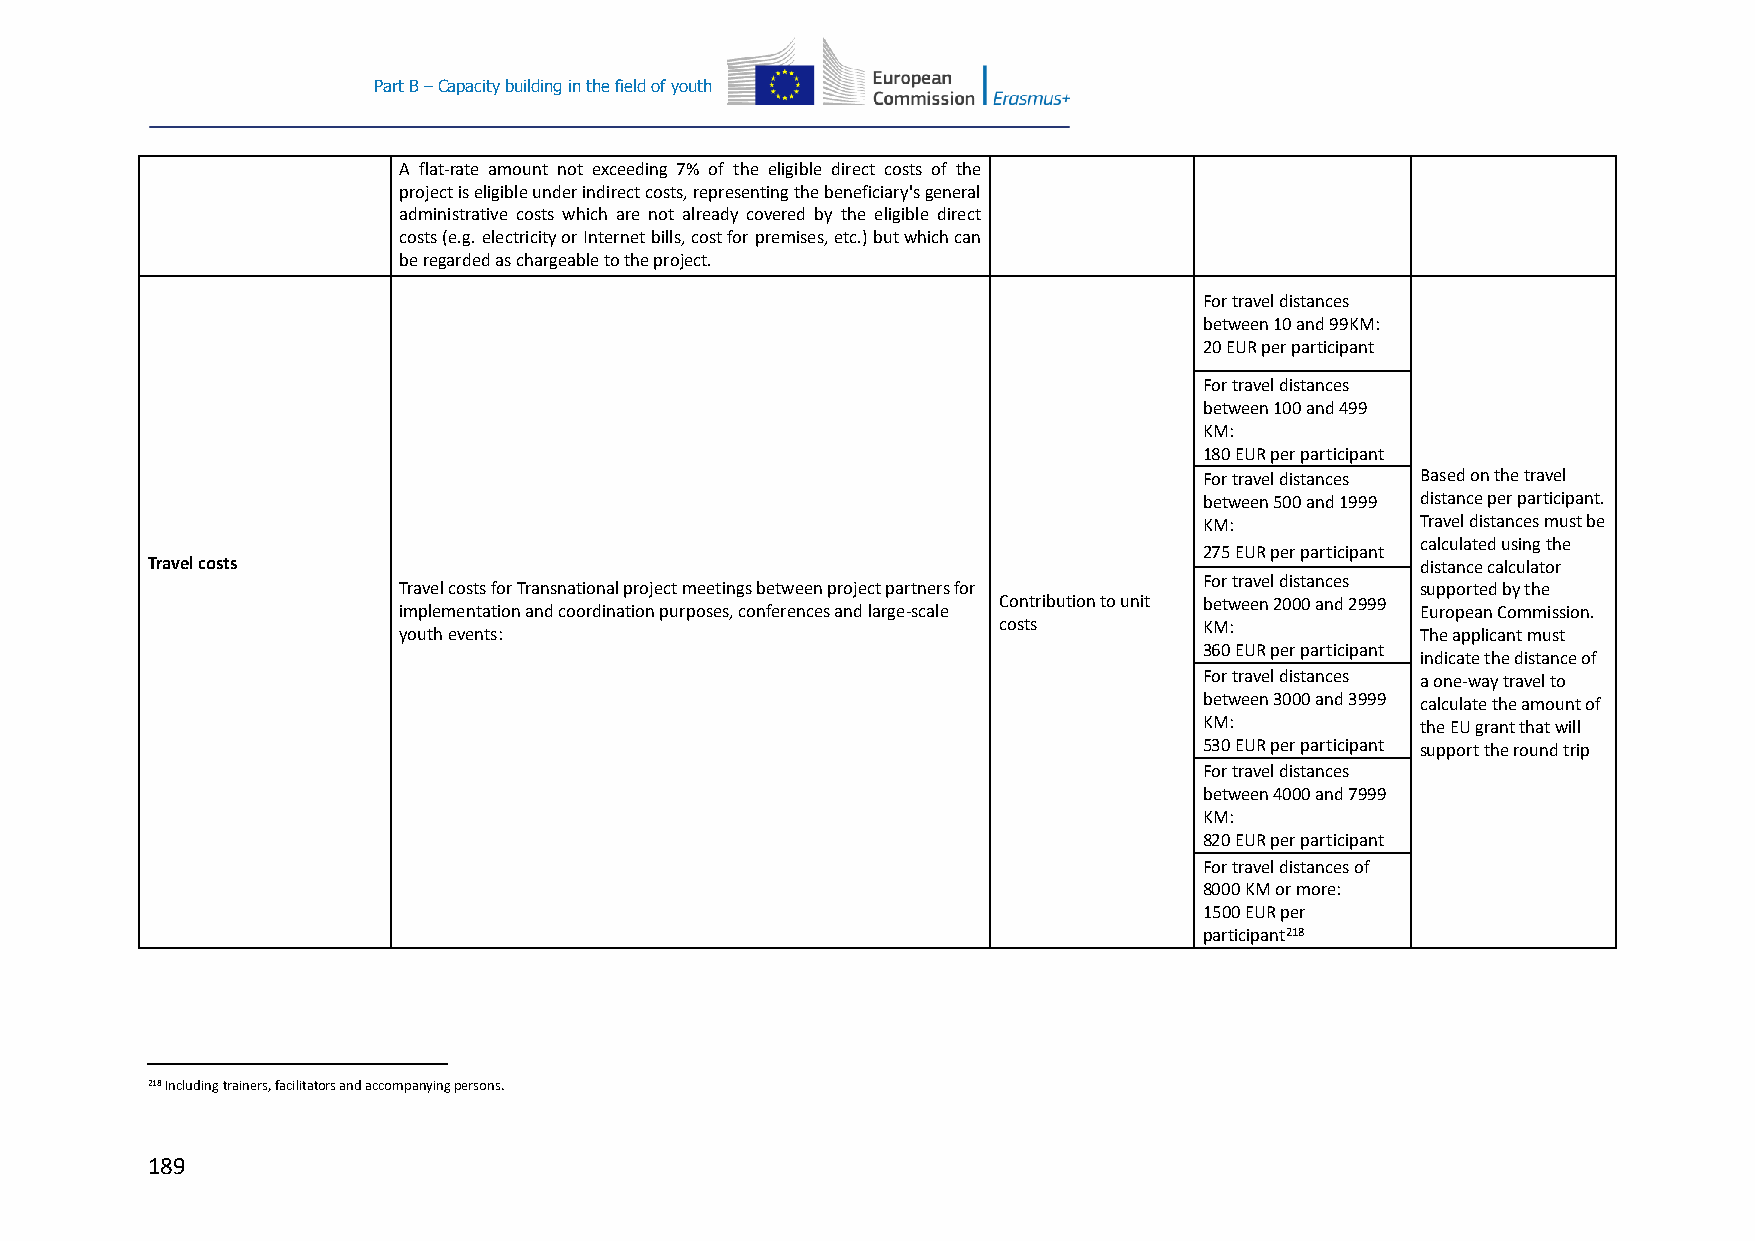
Part B – Capacity building in the field of youth
 A flat-rate amount not exceeding 7% of the eligible direct costs of the
 project is eligible under indirect costs, representing the beneficiary's general
 administrative costs which are not already covered by the eligible direct
 costs (e.g. electricity or Internet bills, cost for premises, etc.) but which can
 be regarded as chargeable to the project.
 For travel distances
 between 10 and 99KM:
 20 EUR per participant
 For travel distances
 between 100 and 499
 KM:
 180 EUR per participant
 For travel distances Based on the travel
 between 500 and 1999 distance per participant.
 KM:           Travel distances must be
 calculated using the
 275 EUR per participant
 Travel costs                                                                        distance calculator
 For travel distances
 Travel costs for Transnational project meetings between project partners for supported by the
 Contribution to unit between 2000 and 2999
 implementation and coordination purposes, conferences and large-scale European Commission.
 costs         KM:
 youth events:                                                       The applicant must
 360 EUR per participant
 indicate the distance of
 For travel distances a one-way travel to
 between 3000 and 3999 calculate the amount of
 KM:           the EU grant that will
 530 EUR per participant support the round trip
 For travel distances
 between 4000 and 7999
 KM:
 820 EUR per participant
 For travel distances of
 8000 KM or more:
 1500 EUR per
 participant218
 218 Including trainers, facilitators and accompanying persons.
 189